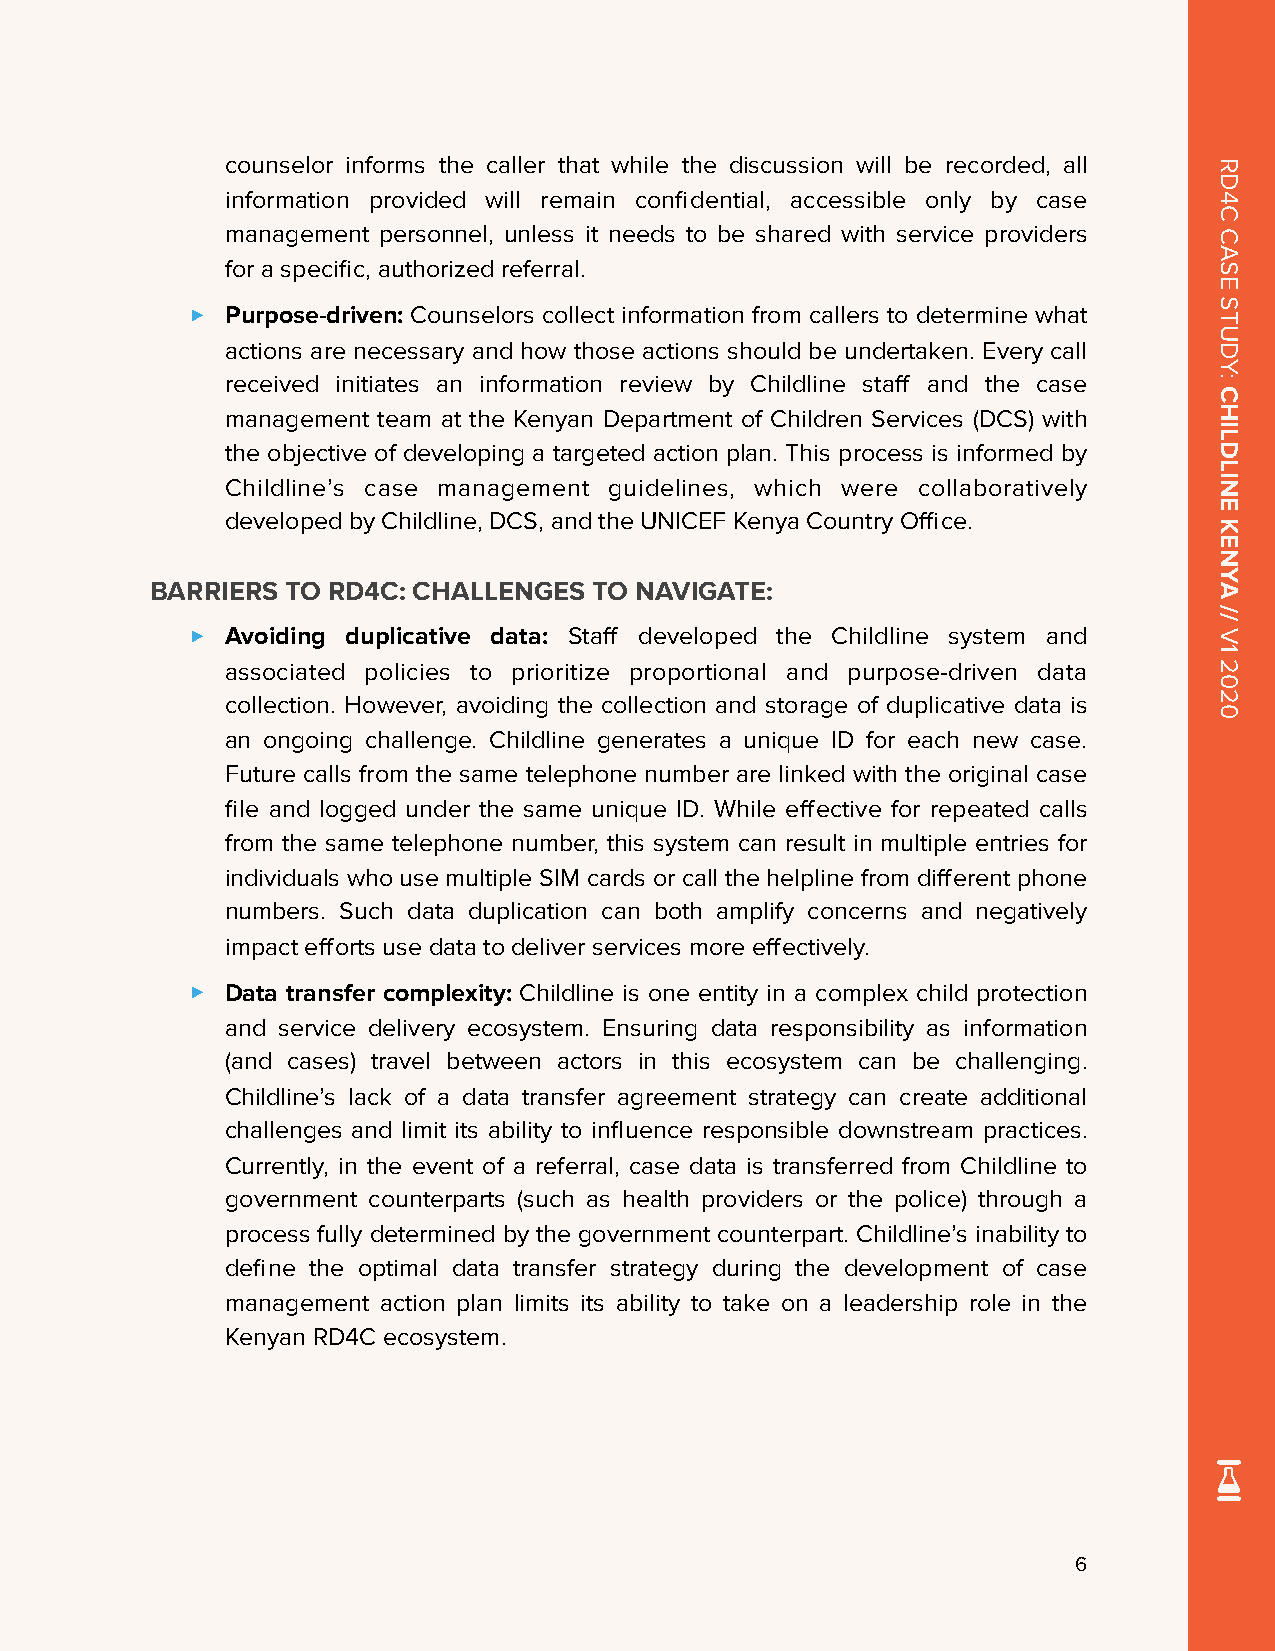
counselor informs the caller that while the discussion will be recorded, all
 information provided will remain confidential, accessible only by case
 management personnel, unless it needs to be shared with service providers
 for a specific, authorized referral.
 ‣
 Purpose-driven: Counselors collect information from callers to determine what
 actions are necessary and how those actions should be undertaken. Every call
 received initiates an information review by Childline staff and the case
 management team at the Kenyan Department of Children Services (DCS) with
 the objective of developing a targeted action plan. This process is informed by
 Childline’s case management guidelines, which were collaboratively
 developed by Childline, DCS, and the UNICEF Kenya Country Office.
 BARRIERS TO RD4C: CHALLENGES TO NAVIGATE:
 ‣
 Avoiding duplicative data: Staff developed the Childline system and
 associated policies to prioritize proportional and purpose-driven data
 collection. However, avoiding the collection and storage of duplicative data is
 an ongoing challenge. Childline generates a unique ID for each new case.
 Future calls from the same telephone number are linked with the original case
 file and logged under the same unique ID. While effective for repeated calls
 from the same telephone number, this system can result in multiple entries for
 individuals who use multiple SIM cards or call the helpline from different phone
 numbers. Such data duplication can both amplify concerns and negatively
 impact efforts use data to deliver services more effectively.
 ‣
 Data transfer complexity: Childline is one entity in a complex child protection
 and service delivery ecosystem. Ensuring data responsibility as information
 (and cases) travel between actors in this ecosystem can be challenging.
 Childline’s lack of a data transfer agreement strategy can create additional
 challenges and limit its ability to influence responsible downstream practices.
 Currently, in the event of a referral, case data is transferred from Childline to
 government counterparts (such as health providers or the police) through a
 process fully determined by the government counterpart. Childline’s inability to
 define the optimal data transfer strategy during the development of case
 management action plan limits its ability to take on a leadership role in the
 Kenyan RD4C ecosystem.
 6
 RD4C
 CASE
 STUDY:
 CHILDLINE
 KENYA
 //
 V1
 2020